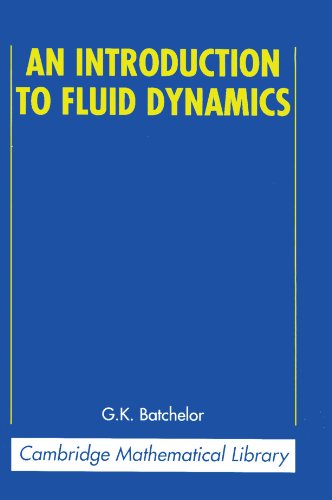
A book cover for An Introduction to Fluid Dynamics (Cambridge Mathematical Library); G. K. Batchelor; Science & Math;